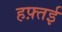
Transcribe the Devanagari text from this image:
हफ़्तई